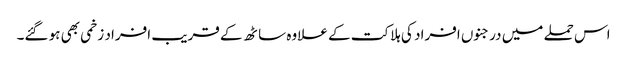
اس حملے میں درجنوں افراد کی ہلاکت کے علاوہ ساٹھ کے قریب افراد زخمی بھی ہو گئے۔